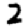
Digit: 2